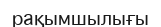
рақымшылығы